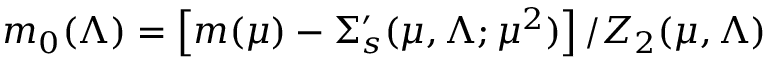
m _ { 0 } ( \Lambda ) = \left[ m ( \mu ) - \Sigma _ { s } ^ { \prime } ( \mu , \Lambda ; \mu ^ { 2 } ) \right] / Z _ { 2 } ( \mu , \Lambda )